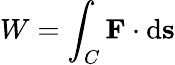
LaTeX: W=\int_{C}\mathbf{F}\cdot\mathrm{d}\mathbf{s}